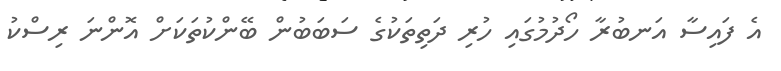
އެ ފައިސާ އަނބުރާ ހޯދުމުގައި ހުރި ދަތިތަކުގެ ސަބަބުން ބޭންކުތަކަށް އޮންނަ ރިސްކު